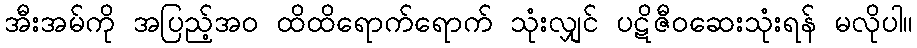
အီးအမ်ကို အပြည့်အဝ ထိထိရောက်ရောက် သုံးလျှင် ပဋိဇီဝဆေးသုံးရန် မလိုပါ။